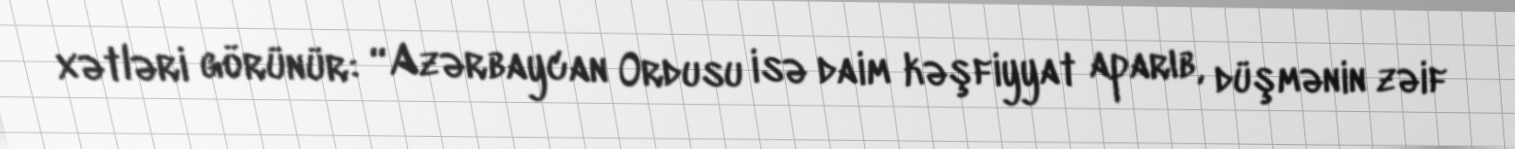
xətləri görünür: “Azərbaycan Ordusu isə daim kəşfiyyat aparıb, düşmənin zəif